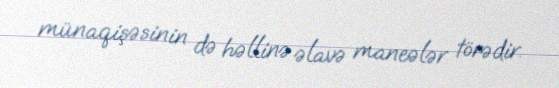
münaqişəsinin də həllinə əlavə maneələr törədir.